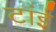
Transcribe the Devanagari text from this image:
टांई